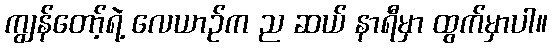
ကျွန်တော့်ရဲ့ လေယာဉ်က ည ဆယ် နာရီမှာ ထွက်မှာပါ။